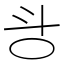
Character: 㪳